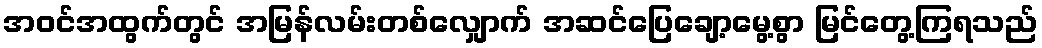
အဝင်အထွက်တွင် အမြန်လမ်းတစ်လျှောက် အဆင်ပြေချော့မွေ့စွာ မြင်တွေ့ကြရသည်